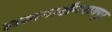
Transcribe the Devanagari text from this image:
लखनादौननागपुर